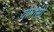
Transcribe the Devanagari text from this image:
यामासी